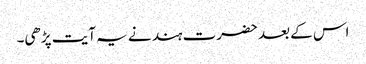
اس کے بعد حضرت ہند نے یہ آیت پڑھی۔